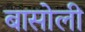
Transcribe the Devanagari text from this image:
बासोली